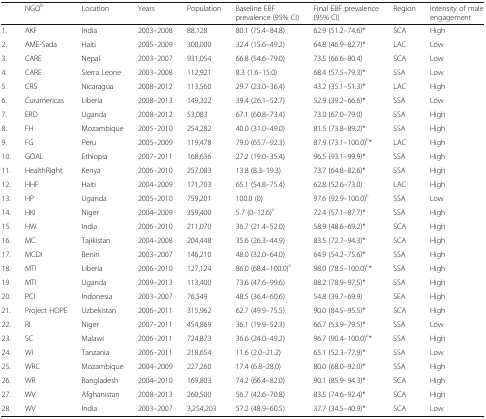
<table><thead><tr><td></td><td><b>NGO<sup>b</sup></b></td><td><b>Location</b></td><td><b>Years</b></td><td><b>Population</b></td><td><b>Baseline EBF prevalence (95% CI)</b></td><td><b>Final EBF prevalence (95% CI)</b></td><td><b>Region</b></td><td><b>Intensity of male engagement</b></td></tr></thead><tbody><tr><td>1.</td><td>AKF</td><td>India</td><td>2003–2008</td><td>88,128</td><td>80.1 (75.4–84.8)</td><td>62.9 (51.2–74.6)*</td><td>SCA</td><td>High</td></tr><tr><td>2.</td><td>AME-Sada</td><td>Haiti</td><td>2005–2009</td><td>300,000</td><td>32.4 (15.6–49.2)</td><td>64.8 (46.9–82.7)*</td><td>LAC</td><td>Low</td></tr><tr><td>3.</td><td>CARE</td><td>Nepal</td><td>2003–2007</td><td>931,054</td><td>66.8 (54.6–79.0)</td><td>73.5 (66.6–80.4)</td><td>SCA</td><td>Low</td></tr><tr><td>4.</td><td>CARE</td><td>Sierra Leone</td><td>2003–2008</td><td>112,921</td><td>8.3 (1.6–15.0)</td><td>68.4 (57.5–79.3)*</td><td>SSA</td><td>Low</td></tr><tr><td>5.</td><td>CRS</td><td>Nicaragua</td><td>2008–2012</td><td>113,560</td><td>29.7 (23.0–36.4)</td><td>43.2 (35.1–51.3)*</td><td>LAC</td><td>High</td></tr><tr><td>6.</td><td>Curamericas</td><td>Liberia</td><td>2008–2013</td><td>149,322</td><td>39.4 (26.1–52.7)</td><td>52.9 (39.2–66.6)*</td><td>SSA</td><td>Low</td></tr><tr><td>7.</td><td>ERD</td><td>Uganda</td><td>2008–2012</td><td>53,083</td><td>67.1 (60.8–73.4)</td><td>73.0 (67.0–79.0)</td><td>SSA</td><td>High</td></tr><tr><td>8.</td><td>FH</td><td>Mozambique</td><td>2005–2010</td><td>254,282</td><td>40.0 (31.0–49.0)</td><td>81.5 (73.8–89.2)*</td><td>SSA</td><td>High</td></tr><tr><td>9.</td><td>FG</td><td>Peru</td><td>2005–2009</td><td>119,478</td><td>79.0 (65.7–92.3)</td><td>87.9 (73.1–100.0)<sup>c</sup>*</td><td>LAC</td><td>High</td></tr><tr><td>10.</td><td>GOAL</td><td>Ethiopia</td><td>2007–2011</td><td>168,636</td><td>27.2 (19.0–35.4)</td><td>96.5 (93.1–99.9)*</td><td>SSA</td><td>High</td></tr><tr><td>11.</td><td>HealthRight</td><td>Kenya</td><td>2006–2010</td><td>257,083</td><td>13.8 (8.3–19.3)</td><td>73.7 (64.8–82.6)*</td><td>SSA</td><td>High</td></tr><tr><td>12.</td><td>HHF</td><td>Haiti</td><td>2004–2009</td><td>171,703</td><td>65.1 (54.8–75.4)</td><td>62.8 (52.6–73.0)</td><td>LAC</td><td>High</td></tr><tr><td>13.</td><td>HP</td><td>Uganda</td><td>2005–2010</td><td>759,201</td><td>100.0 (0)</td><td>97.6 (92.9–100.0)<sup>c</sup></td><td>SSA</td><td>Low</td></tr><tr><td>14.</td><td>HKI</td><td>Niger</td><td>2004–2009</td><td>359,400</td><td>5.7 (0–12.6)<sup>c</sup></td><td>72.4 (57.1–87.7)*</td><td>SSA</td><td>High</td></tr><tr><td>15.</td><td>HW</td><td>India</td><td>2006–2010</td><td>211,070</td><td>36.7 (21.4–52.0)</td><td>58.9 (48.6–69.2)*</td><td>SCA</td><td>High</td></tr><tr><td>16.</td><td>MC</td><td>Tajikistan</td><td>2004–2008</td><td>204,448</td><td>35.6 (26.3–44.9)</td><td>83.5 (72.7–94.3)*</td><td>SCA</td><td>High</td></tr><tr><td>17.</td><td>MCDI</td><td>Benin</td><td>2003–2007</td><td>146,210</td><td>48.0 (32.0–64.0)</td><td>64.9 (54.2–75.6)*</td><td>SSA</td><td>High</td></tr><tr><td>18.</td><td>MTI</td><td>Liberia</td><td>2006–2010</td><td>127,124</td><td>86.0 (68.4–100.0)<sup>c</sup></td><td>98.0 (78.5–100.0)<sup>c</sup>*</td><td>SSA</td><td>High</td></tr><tr><td>19.</td><td>MTI</td><td>Uganda</td><td>2009–2013</td><td>113,400</td><td>73.6 (47.6–99.6)</td><td>88.2 (78.9–97.5)*</td><td>SSA</td><td>High</td></tr><tr><td>20.</td><td>PCI</td><td>Indonesia</td><td>2003–2007</td><td>76,549</td><td>48.5 (36.4–60.6)</td><td>54.8 (39.7–69.9)</td><td>SEA</td><td>High</td></tr><tr><td>21.</td><td>Project HOPE</td><td>Uzbekistan</td><td>2006–2011</td><td>315,962</td><td>62.7 (49.9–75.5)</td><td>90.0 (84.5–95.5)*</td><td>SCA</td><td>High</td></tr><tr><td>22.</td><td>RI</td><td>Niger</td><td>2007–2011</td><td>454,869</td><td>36.1 (19.9–52.3)</td><td>66.7 (53.9–79.5)*</td><td>SSA</td><td>Low</td></tr><tr><td>23.</td><td>SC</td><td>Malawi</td><td>2006–2011</td><td>724,873</td><td>36.6 (24.0–49.2)</td><td>96.7 (90.4–100.0)<sup>c</sup>*</td><td>SSA</td><td>High</td></tr><tr><td>24.</td><td>WI</td><td>Tanzania</td><td>2006–2011</td><td>218,654</td><td>11.6 (2.0–21.2)</td><td>65.1 (52.3–77.9)*</td><td>SSA</td><td>Low</td></tr><tr><td>25.</td><td>WRC</td><td>Mozambique</td><td>2004–2009</td><td>227,260</td><td>17.4 (6.8–28.0)</td><td>80.0 (68.0–92.0)*</td><td>SSA</td><td>High</td></tr><tr><td>26.</td><td>WR</td><td>Bangladesh</td><td>2004–2010</td><td>169,803</td><td>74.2 (66.4–82.0)</td><td>90.1 (85.9–94.3)*</td><td>SCA</td><td>High</td></tr><tr><td>27.</td><td>WV</td><td>Afghanistan</td><td>2008–2013</td><td>260,500</td><td>56.7 (42.6–70.8)</td><td>83.5 (74.6–92.4)*</td><td>SCA</td><td>High</td></tr><tr><td>28.</td><td>WV</td><td>India</td><td>2003–2007</td><td>3,254,203</td><td>57.2 (48.9–60.5)</td><td>37.7 (34.5–40.9)*</td><td>SCA</td><td>Low</td></tr></tbody></table>